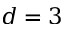
d = 3